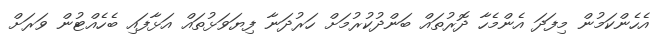
އެހެންކަމުން މިފަދަ އެންމެހާ ދޮރުތައް ބަންދުކުރުމަށް ހަރުދަނާ ފިޔަވަޅުތައް އަޅާފައި ބެހެއްޓުން ވަރަށް